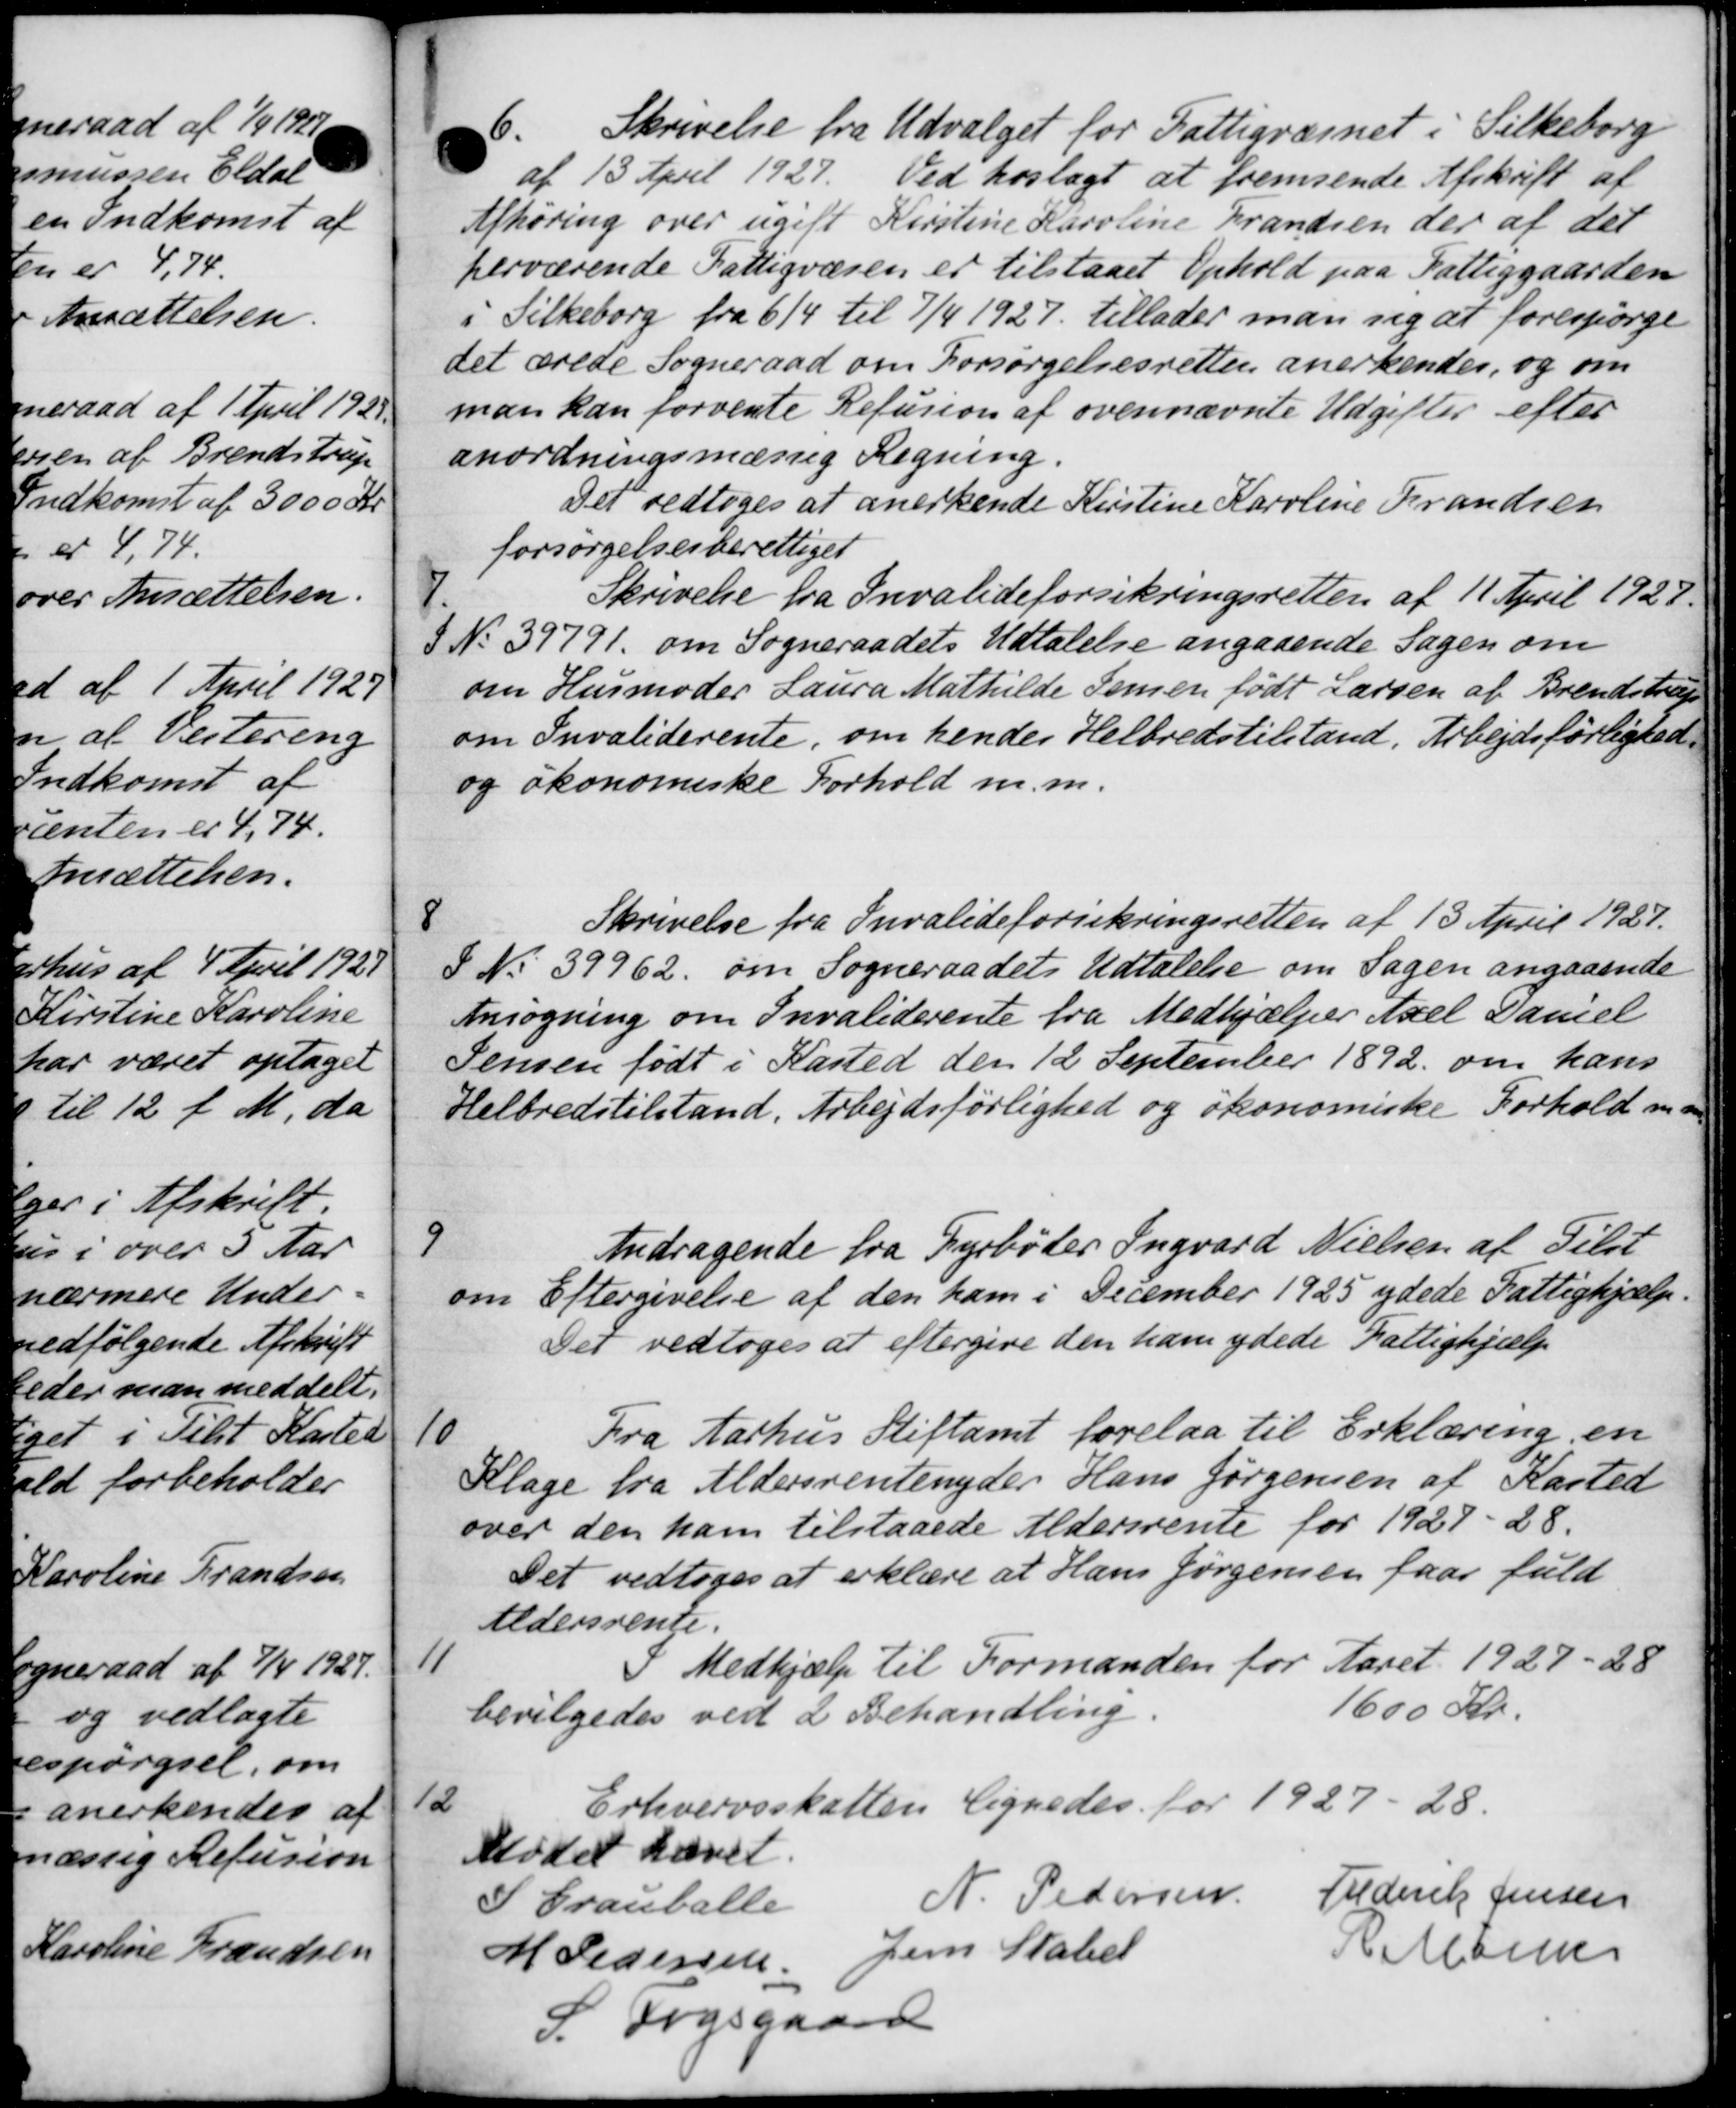
Transskription:
6.
Skrivelse fra Udvalget for Fattigvæsnet i Silkeborg
af 13 April 1927. Ved hoslagt at fremsende Afskrift af
Afhøring over ugift Kirstine Karoline Frandsen der af det
herværende Fattigvæsen er tilstaaet Ophold paa Fattiggaarden
i Silkeborg fra 614 til 7/4 1927 tillader man sig at forespørge
det ærede Sogneraad om Forsørgelsesretten anerkendes, og om
man kan forvente Refusion af ovennævnte Udgifter efter
anordningsmæssig Regning.
Det vedtoges at anerkende Kirstine Karoline Frandsen
forsørgelsesberettiget
7.
Skrivelse fra Invalideforsikringsretten af 11 April 1928.
 No 39791 om Sogneraadets Udtalelse angaaende Sagen om
om Husmoder Laura Mathilde Semen født Larsen af Brendstrup
om Invaliderente, om hendes Helbredstilstand, Arbejdsførlighed.
og økonomiske Forhold m.m.
8
Skrivelse fra Invalideforsikringsretten af 13 April 1927.
8 No 39962. om Sogneraadets Udtalelse om Sagen angaaende
Ansøgning om Invaliderente fra Medhjælper Axel Daniel
Jensen født i Kasted den 12 September 1892 om hans
Helbredstilstand, Arbejdsførlighed og økonomiske Forhold ma
9
Andragende fra Fyrbøder Ingvard Nielsen af Tilst
om Eftergivelse af den ham i December 1925 ydede Fattighjælp.
Det vedtoges at eftergive den ham ydede Fattighjælp
10
Fra Aarhus Stiftamt forelaa til Erklæring en
Klage fra Aldersrentenyder Hans Jørgensen af Kasted
over den ham tilstaaede Aldersrente for 1927-28.
Det vedtoges at erklære at Hans Jørgensen faar fuld
Aldersrente.
11
Medhjælp til Formanden for Aaret 1927-28
bevilgedes ved 2 Behandling.
1600 Kr.
12
Erhvervsskatten lignedes for 1927-28.
Mødet hævet.
I Grauballe
N. Pedersen
Frederik Jensen
M Pedersen
Jens Stated
A Albin
S. Fogsgaard